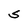
Character: S